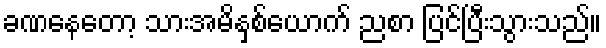
ခဏနေတော့ သားအမိနှစ်ယောက် ညစာ ပြင်ပြီးသွားသည်။